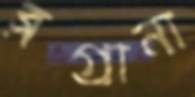
ব্লগ্রানা